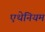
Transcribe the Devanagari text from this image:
एथेनियम